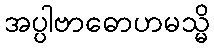
အပ္ပါဗာဓောဟမသ္မိ